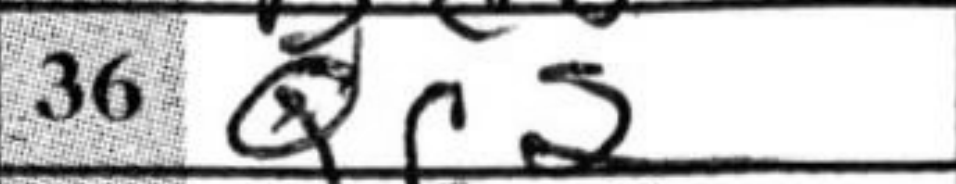
Transcription: Qc2